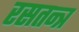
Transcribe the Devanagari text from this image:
रसतन्त्र